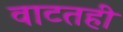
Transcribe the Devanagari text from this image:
वाटतही